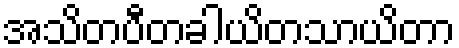
အသိတပီတခါယိတသာယိတာ